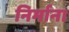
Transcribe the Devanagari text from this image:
निर्माना